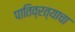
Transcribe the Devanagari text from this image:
पातिव्रत्याचा